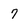
Character: 7